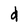
Character: d